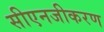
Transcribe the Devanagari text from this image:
सीएनजीकरण